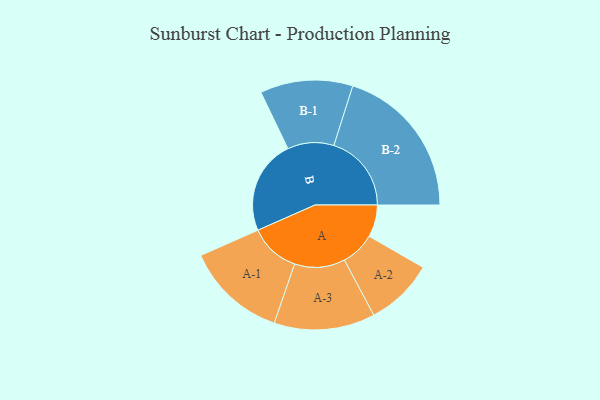
{"axis": {"x": "Segment", "y": "Value"}, "legend": ["", "A", "B"], "data": [{"x": "A", "y": 122, "type": ""}, {"x": "B", "y": 359, "type": ""}, {"x": "A-1", "y": 192, "type": "A"}, {"x": "A-2", "y": 130, "type": "A"}, {"x": "A-3", "y": 192, "type": "A"}, {"x": "B-1", "y": 176, "type": "B"}, {"x": "B-2", "y": 295, "type": "B"}]}